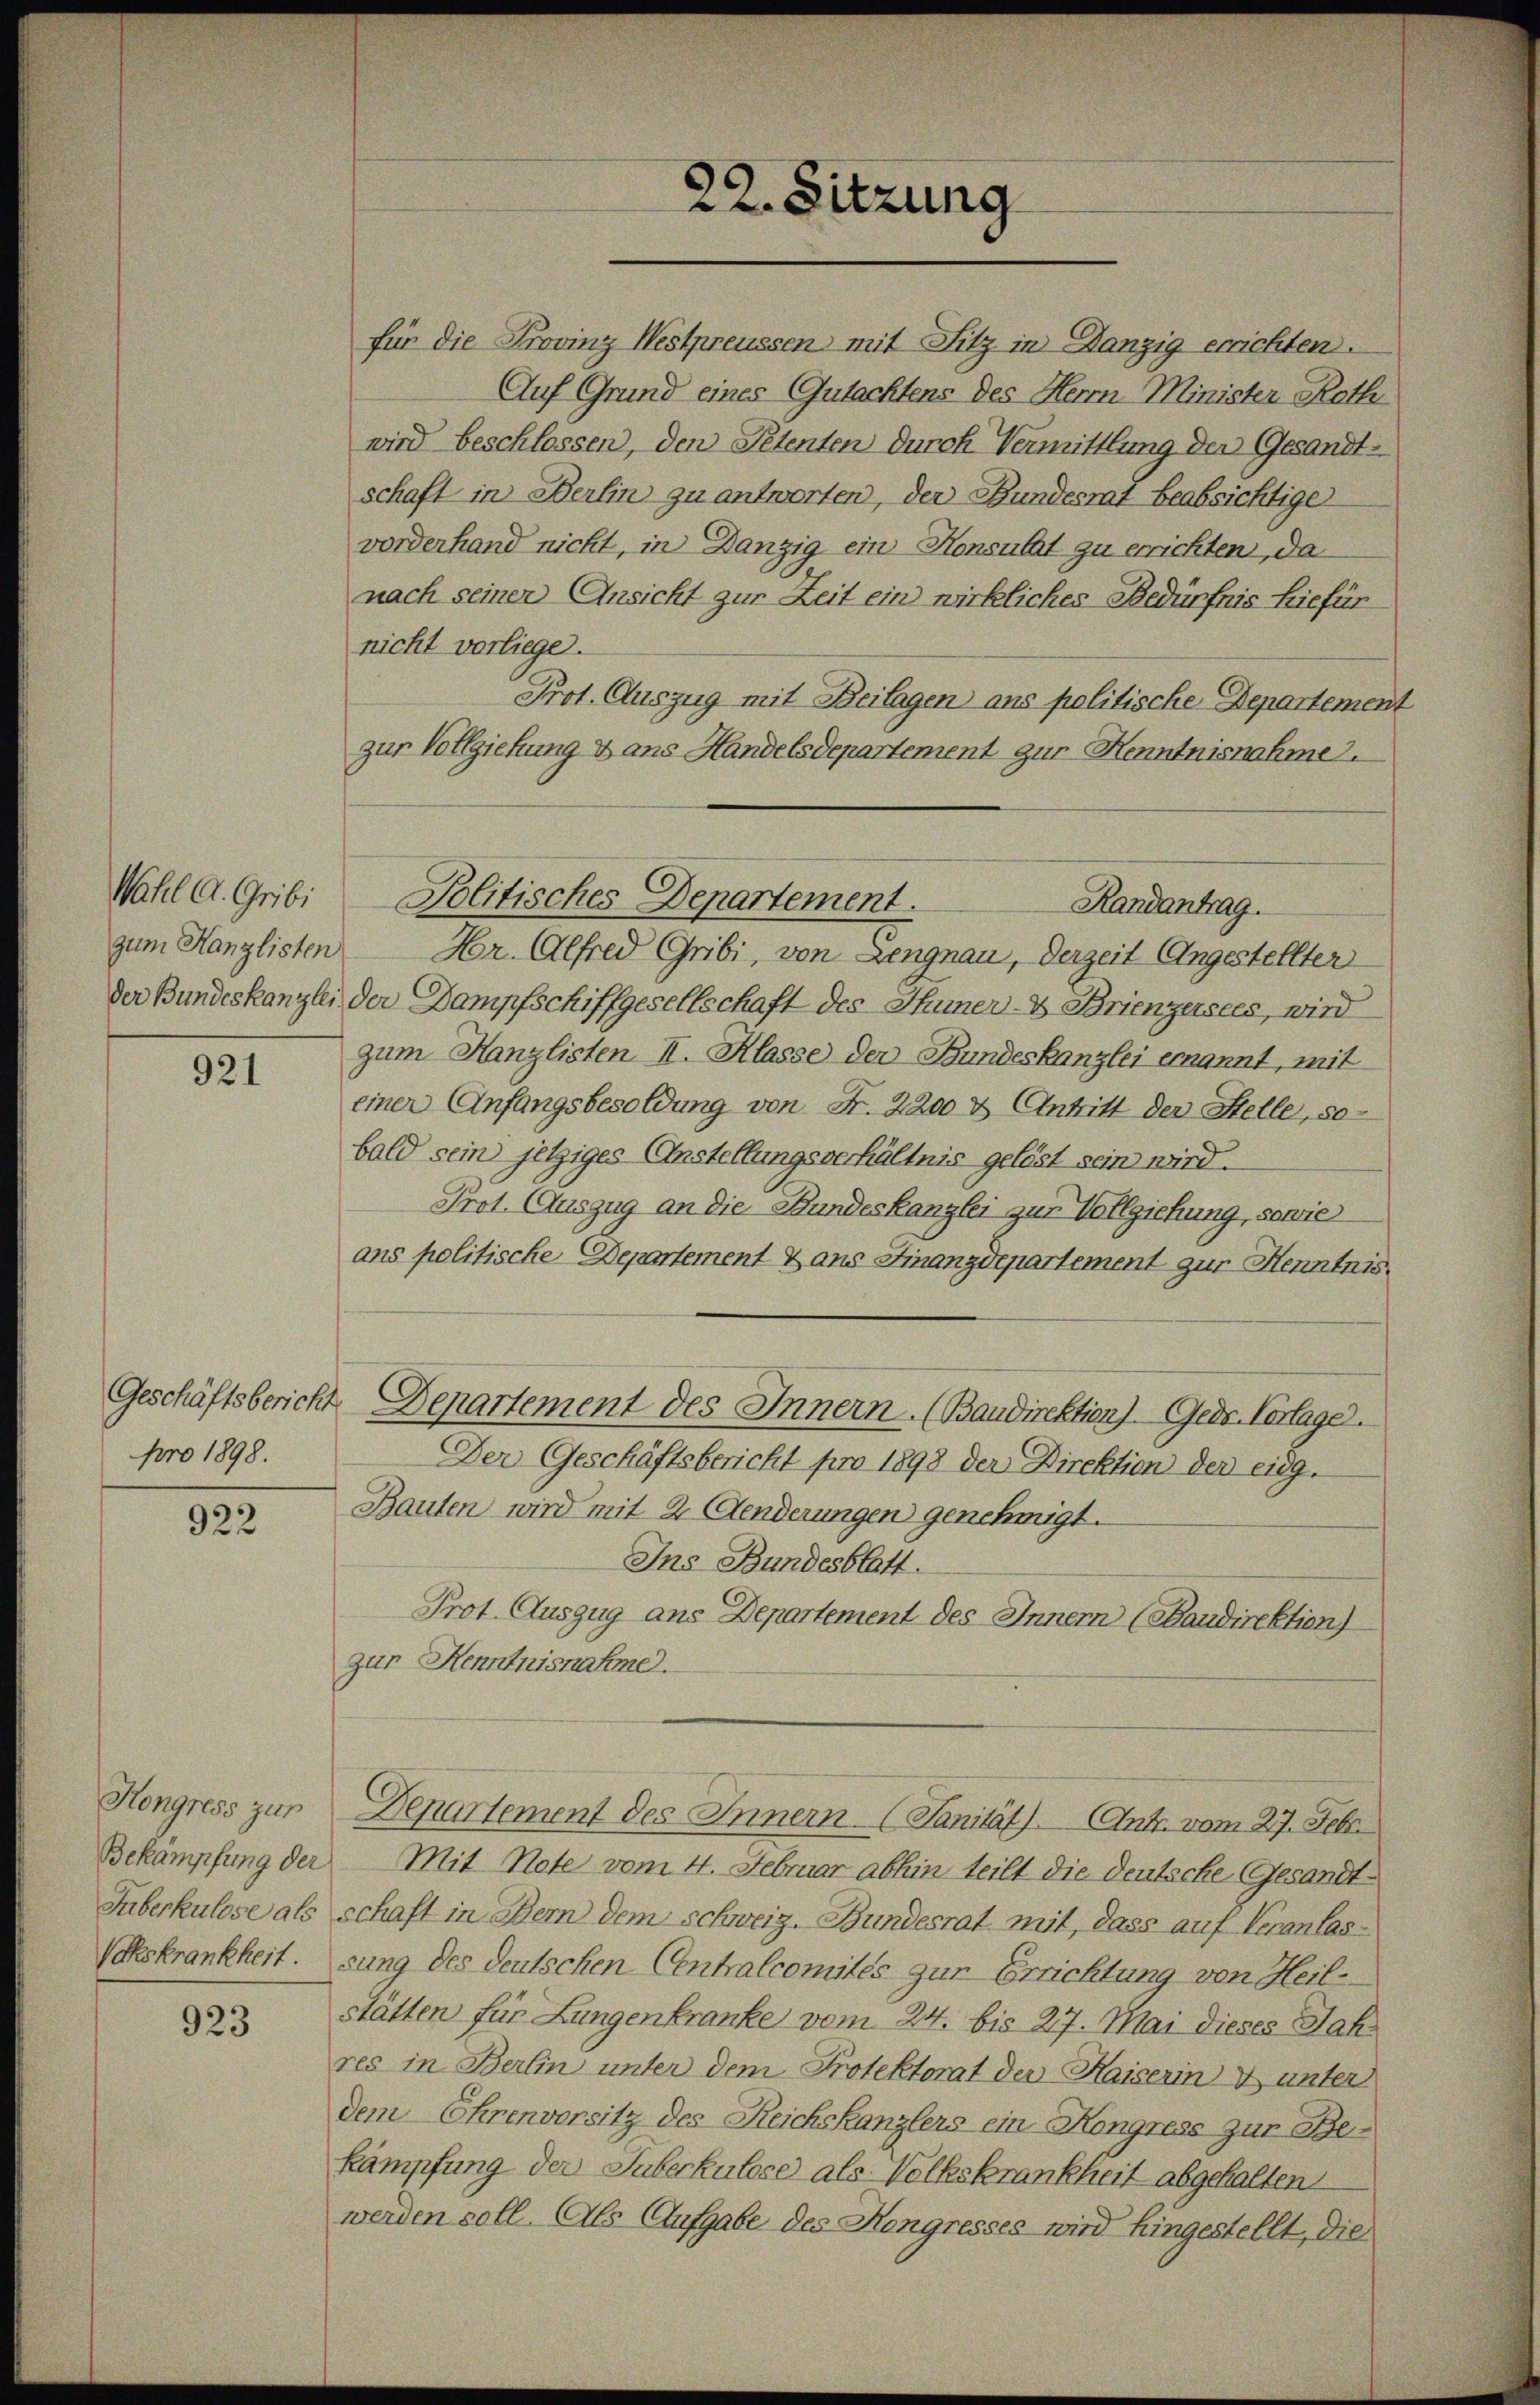
Wahl a. Gribi
zum Kanzlisten

921

pro 1898.

922

923

für die Provinz Westpreussen mit Sitz in Danzig errichten.
Auf Grund eines Gutachtens des Herrn Minister Rath
wird beschlossen, den Petenten durch Vermittlung der Gesandtschaft in Berlin zu antworten, der Bundesrat beabsichtige
vorderhand nicht, in Danzig ein Konsulat zu errichten, da
nach seinen Ansicht zur Zeit ein wirkliches Bedürfnis hiefür
nicht vorliege.
Prot. Auszug mit Beilagen ans politische Departement
zur Vollziehung & ans Handelsdepartement zur Henntnisnahme.
Hr. Alfred Gribi, von Lengnau, derzeit Ungestellter
der Bundeskanzlei der Dampfschiffgesellschaft des Thuner - Brienzersees, wird
zum Kanzlisten II. Klasse der Bundeskanzlei ernannt, mit
einer Anfangsbesoldung von Fr. 2200 & Antritt der Stelle, so
bald sein jetziges Anstellungsverhältnis gelöst sein wird.
Prot. Auszug an die Bundeskanzlei zur Vollziehung, sowie
ans politische Departement & ans Finanzdepartement zur Henntnis.
Geschäftsbericht Departement des Innern. (Baudirektion. Gede Vertage.
Der Geschäftsbericht pro 1898 der Direktion der eidg.
Bauten wird mit 2 Aenderungen genehmigt.
Ins Bundesblatt.
Prot. Auszug ans Departement des Innern (Baudirektion)
zur Kenntnisnahme.
Hongress zur Departement des Innern (Sanität). Ant. vom 27. Febr.
Bekämpfung der Mit Note vom 4. Februar abhin teilt die deutsche Gesandt¬
Suberkulose als schaft in Bern dem Schweiz. Bundesrat mit, dass auf Veranlas¬
Volkskrankheit. sung des deutschen Centralcomités zur Errichtung von Heil-
stätten für Lungenkranke vom 24. bis 27. Mai dieses Jahres in Berlin unter dem Protektorat der Haiserin & unter
dem Ehrenvorsitz des Reichskanzlers ein Kongress zur Bekämpfung der Suberkulose als Volkskrankheit abgehalten.
werden soll. Als Aufgabe des Kongresses wird hingestellt, die

22. Sitzung

Politisches Departement.
Randantrag.